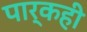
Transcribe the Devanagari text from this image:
पार्कही